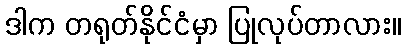
ဒါက တရုတ်နိုင်ငံမှာ ပြုလုပ်တာလား။